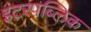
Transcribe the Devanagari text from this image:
इंटरपब्लिक